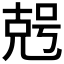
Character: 𠒠